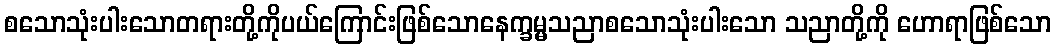
စသောသုံးပါးသောတရားတို့ကိုပယ်ကြောင်းဖြစ်သောနေက္ခမ္မသညာစသောသုံးပါးသော သညာတို့ကို ဟောရာဖြစ်သော